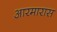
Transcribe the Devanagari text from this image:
आरमारास